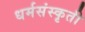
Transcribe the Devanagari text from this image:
धर्मसंस्कृती